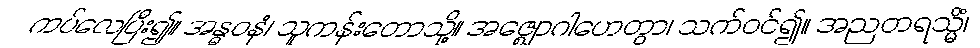
ကပ်လေပြီး၍။ အန္ဓဝနံ၊ သူကန်းတောသို့။ အဇ္ဈောဂါဟေတွာ၊ သက်ဝင်၍။ အညတရသ္မိံ၊